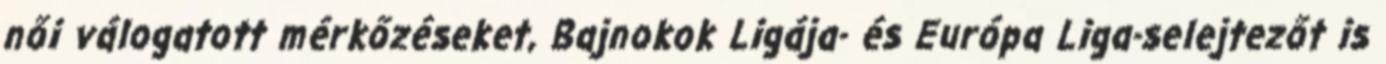
női válogatott mérkőzéseket, Bajnokok Ligája- és Európa Liga-selejtezőt is